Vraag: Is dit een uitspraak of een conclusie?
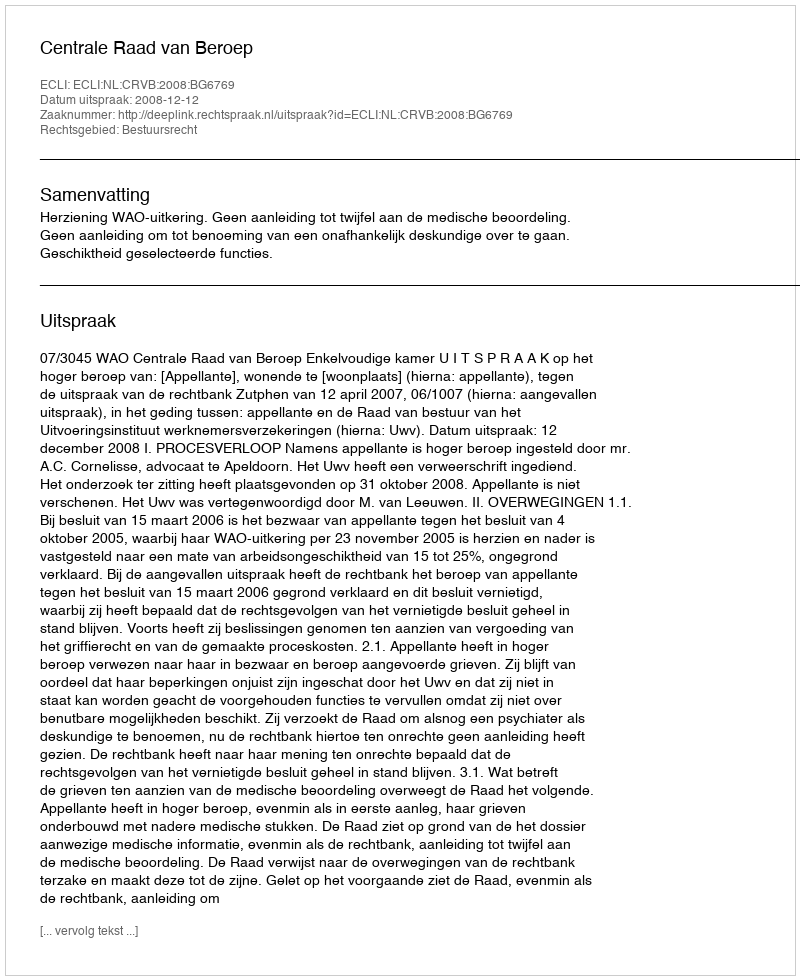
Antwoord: Uitspraak